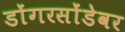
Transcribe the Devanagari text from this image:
डोंगरसोंडेवर